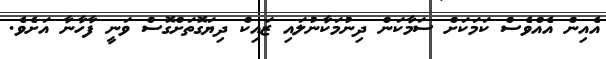
އެއިން އެއްވެސް ކަމަކަށް ސަމާކަން ދިނުމަކާނުލައި ޒައިކް ދިޔަގޮތަށްގޮސް ވަނީ ފާހާނާ އަށެވެ.